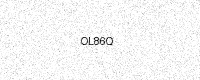
Text: OL86Q